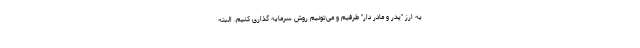
یه ارز "پدر و مادر دار" طرفیم و می­تونیم روش سرمایه گذاری کنیم. البته